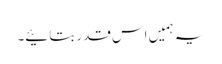
یہ ہمیں اس قدر بتائیے۔